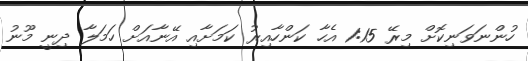
ހުންނަވަނިކޮށް މިރޭ 1:15 އެހާ ކަންހާއިރު ކަމަށާއި އޭނާއަށް ހަމަލާ ދިނީ މޫނު